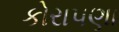
કોરાપણા